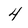
Character: 4